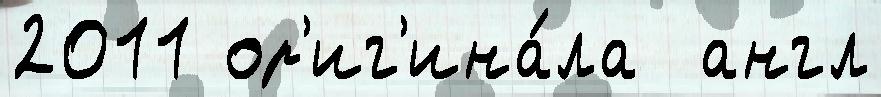
2011 ор'иг'ина́ла  англ